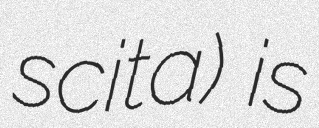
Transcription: scita) is